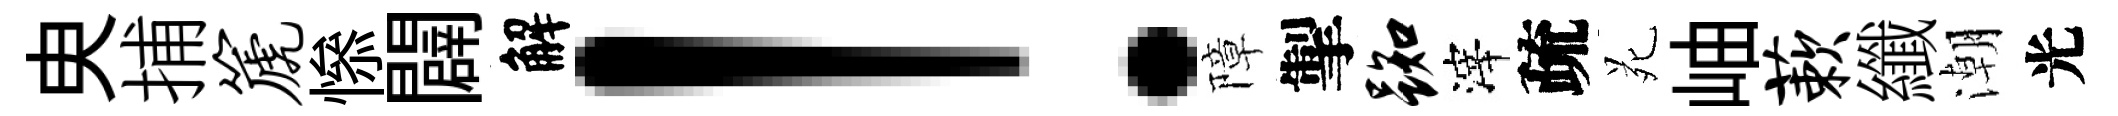
㬰捕篪𢡖闢解！障掣踟滓疏苑岫蔌纖潮光